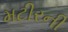
મટીરની